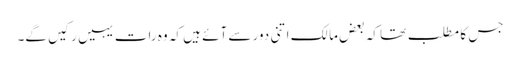
جس کا مطلب تھا کہ بعض مالک اتنی دور سے آئے ہیں کہ وہ رات یہیں رکیں گے۔